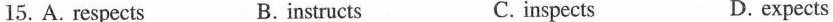
15.A. respects B. instructs C. inspects D. expects